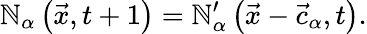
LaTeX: \mathbb{N}_{\alpha}\left(\vec{{x}},t+1\right)=\mathbb{N}_{\alpha}^{\prime}\left(\vec{{x}}-\vec{{c}}_{\alpha},t\right).